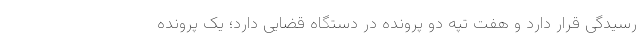
رسیدگی قرار دارد و هفت تپه دو پرونده در دستگاه قضایی دارد؛ یک پرونده